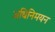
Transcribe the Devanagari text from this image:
अधिनिमयन